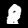
Digit: 8